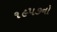
૧૯૫૭નો